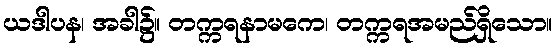
ယဒါပန၊ အခါ၌။ တက္ကရနာမကေ၊ တက္ကရအမည်ရှိသော။